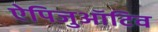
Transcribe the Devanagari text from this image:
ऐपिजुऑटिव